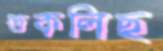
তকলিছ